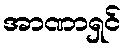
အာဏာရှင်